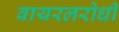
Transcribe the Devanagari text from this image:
वायरलरोधी